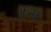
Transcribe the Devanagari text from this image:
रेज्निक